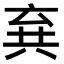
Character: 𠔚